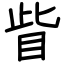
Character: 眥